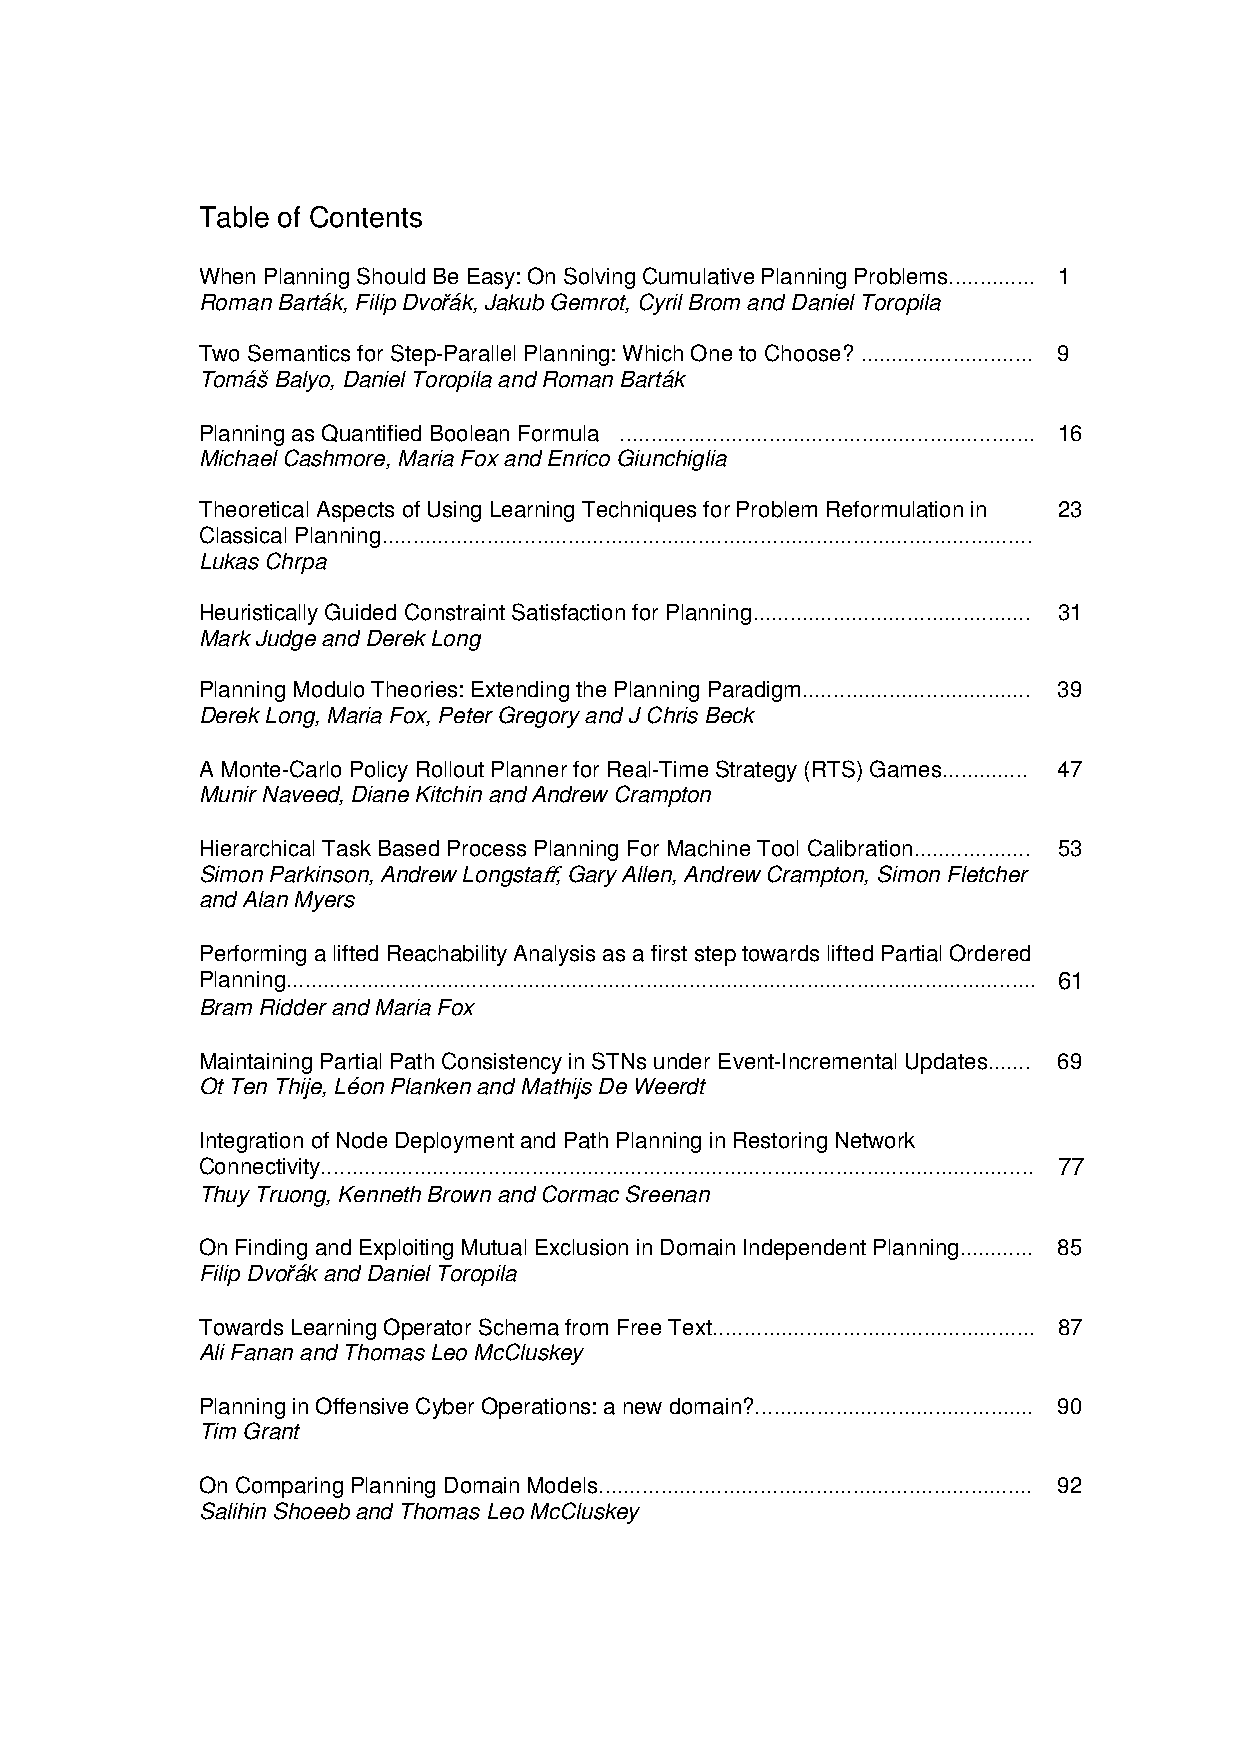
Table of Contents
 When Planning Should Be Easy: On Solving Cumulative Planning Problems.............. 1
 Roman Barták, Filip Dvořák, Jakub Gemrot, Cyril Brom and Daniel Toropila
 Two Semantics for Step-Parallel Planning: Which One to Choose? ............................ 9
 Tomáš Balyo, Daniel Toropila and Roman Barták
 Planning as Quantified Boolean Formula ................................................................... 16
 Michael Cashmore, Maria Fox and Enrico Giunchiglia
 Theoretical Aspects of Using Learning Techniques for Problem Reformulation in 23
 Classical Planning.........................................................................................................
 Lukas Chrpa
 Heuristically Guided Constraint Satisfaction for Planning............................................. 31
 Mark Judge and Derek Long
 Planning Modulo Theories: Extending the Planning Paradigm..................................... 39
 Derek Long, Maria Fox, Peter Gregory and J Chris Beck
 A Monte-Carlo Policy Rollout Planner for Real-Time Strategy (RTS) Games.............. 47
 Munir Naveed, Diane Kitchin and Andrew Crampton
 Hierarchical Task Based Process Planning For Machine Tool Calibration................... 53
 Simon Parkinson, Andrew Longstaff, Gary Allen, Andrew Crampton, Simon Fletcher
 and Alan Myers
 Performing a lifted Reachability Analysis as a first step towards lifted Partial Ordered
 Planning......................................................................................................................... 61
 Bram Ridder and Maria Fox
 Maintaining Partial Path Consistency in STNs under Event-Incremental Updates....... 69
 Ot Ten Thije, Léon Planken and Mathijs De Weerdt
 Integration of Node Deployment and Path Planning in Restoring Network
 Connectivity................................................................................................................... 77
 Thuy Truong, Kenneth Brown and Cormac Sreenan
 On Finding and Exploiting Mutual Exclusion in Domain Independent Planning............ 85
 Filip Dvořák and Daniel Toropila
 Towards Learning Operator Schema from Free Text.................................................... 87
 Ali Fanan and Thomas Leo McCluskey
 Planning in Offensive Cyber Operations: a new domain?............................................. 90
 Tim Grant
 On Comparing Planning Domain Models...................................................................... 92
 Salihin Shoeeb and Thomas Leo McCluskey